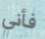
فأني